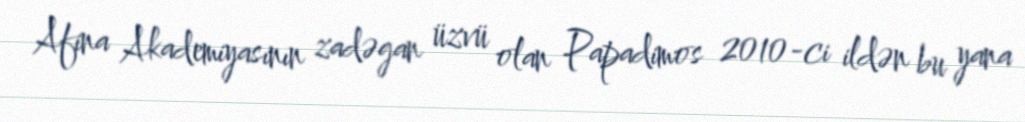
Afina Akademiyasının zadəgan üzvü olan Papadimos 2010-ci ildən bu yana